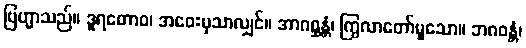
ဗြဟ္မာသည်။ ဒူရတောဝ၊ အဝေးမှသာလျှင်။ အာဂစ္ဆန္တံ၊ ကြွလာတော်မူသော။ ဘဂဝန္တံ၊